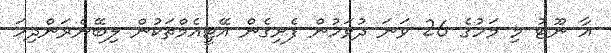
އާ ނޫޓު މި މަހުގެ 26 ވަނަ ދުވަހުން ފެށިގެން އޭޓީއެމްތަކުން ލިބޭނެރަންދިހަ